Report of the Municipal Commissioner on the plague in Bombay for the year ending 31st May... - Volume 1
Disease focus: Plague
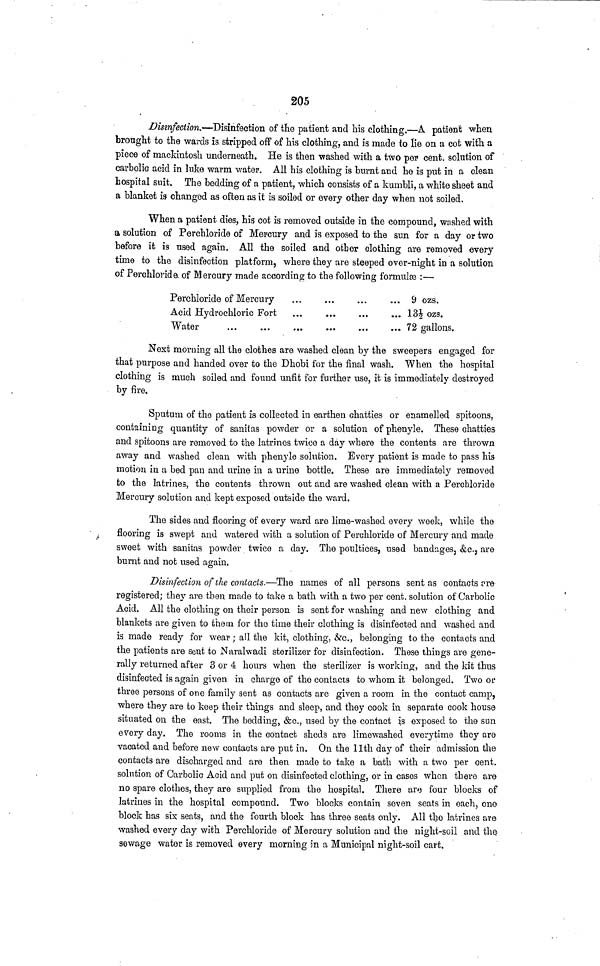
205
Disinfection.—Disinfection of the patient and his clothing.—A patient when
brought to the wards is stripped off of his clothing, and is made to lie on a cot with a
piece of mackintosh underneath. He is then washed with a two per cent, solution of
carbolic acid in luke warm water. All his clothing is burnt and he is put in a clean
hospital suit. The bedding of a patient, which consists of a kumbli, a white sheet and
a blanket is changed as often as it is soiled or every other day when not soiled.
When a patient dies, his cot is removed outside in the compound, washed with
a solution of Perchloride of Mercury and is exposed to the sun for a day or two
before it is nsed again. All the soiled and other clothing are removed every
time to the disinfection platform, where they are steeped over-night in a solution
of Perchloride, of Mercury made according to the following formulae :—
Perchloride of Mercury
Acid Hydrochloric Fort
Water
9 ozs.
13½ ozs.
72 gallons.
Next morning all the clothes are washed clean by the sweepers engaged for
that purpose and handed over to the Dhobi for the final wash. When the hospital
clothing is much soiled and found unfit for further use, it is immediately destroyed
by fire.
Sputum of the patient is collected in earthen chatties or enamelled spitoons,
containing quantity of sanitas powder or a solution of phenyle. These chatties
and spitoons are removed to the latrines twice a day where the contents are thrown
away and washed clean with phenyle solution. Every patient is made to pass his
motion in a bed pan and urine in a urine bottle. These are immediately removed
to the latrines, the contents thrown out and are washed clean with a Perchloride
Mercury solution and kept exposed outside the ward.
The sides and flooring of every ward are lime-washed every week, while the
flooring is swept and watered with a solution of Perchloride of Mercury and made
sweet with sanitas powder twice a day. The poultices, used bandages, &c., are
burnt and not used again.
Disinfection of the contacts.—The names of all persons sent as contacts are
registered; they are then made to take a bath with a two per cent, solution of Carbolic
Acid. All the clothing on their person is sent for washing and new clothing and
blankets are given to them for tho time their clothing is disinfected and washed and
is made ready for wear ; all the kit, clothing, &c., belonging to the contacts and
the patients are sent to Naralwadi sterilizer for disinfection. Those things are gene-
rally returned after 3 or 4 hours when the sterilizer is working, and the kit thus
disinfected is again given in charge of the contacts to whom it belonged. Two or
three persons of one family sent as contacts are given a room in the contact camp,
where they are to keep their things and sleep, and they cook in separate cook house
situated on the east. The bedding, &c., used by the contact is exposed to the sun
every day. The rooms in the contact sheds are limewashed every time they are
vacated and before new contacts are put in. On the 11th day of their admission the
contacts are discharged and are then made to take a bath with a two per cent,
solution of Carbolic Acid and put on disinfected clothing, or in cases when there are
no spare clothes, they are supplied from the hospital. There are four blocks of
latrines in the hospital compound. Two blocks contain seven seats in each, one
block has six seats, and the fourth block has three seats only. All the latrines are
washed every day with Perchloride of Mercury solution and the night-soil and the
sewage water is removed every morning in a Municipal night-soil cart.